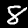
Digit: 8